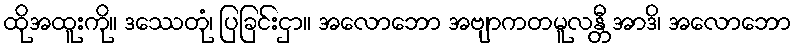
ထိုအထူးကို။ ဒဿေတုံ၊ ပြခြင်းငှာ။ အလောဘော အဗျာကတမူလန္တီ အာဒိ၊ အလောဘော